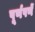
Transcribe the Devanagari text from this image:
पूर्णपणें